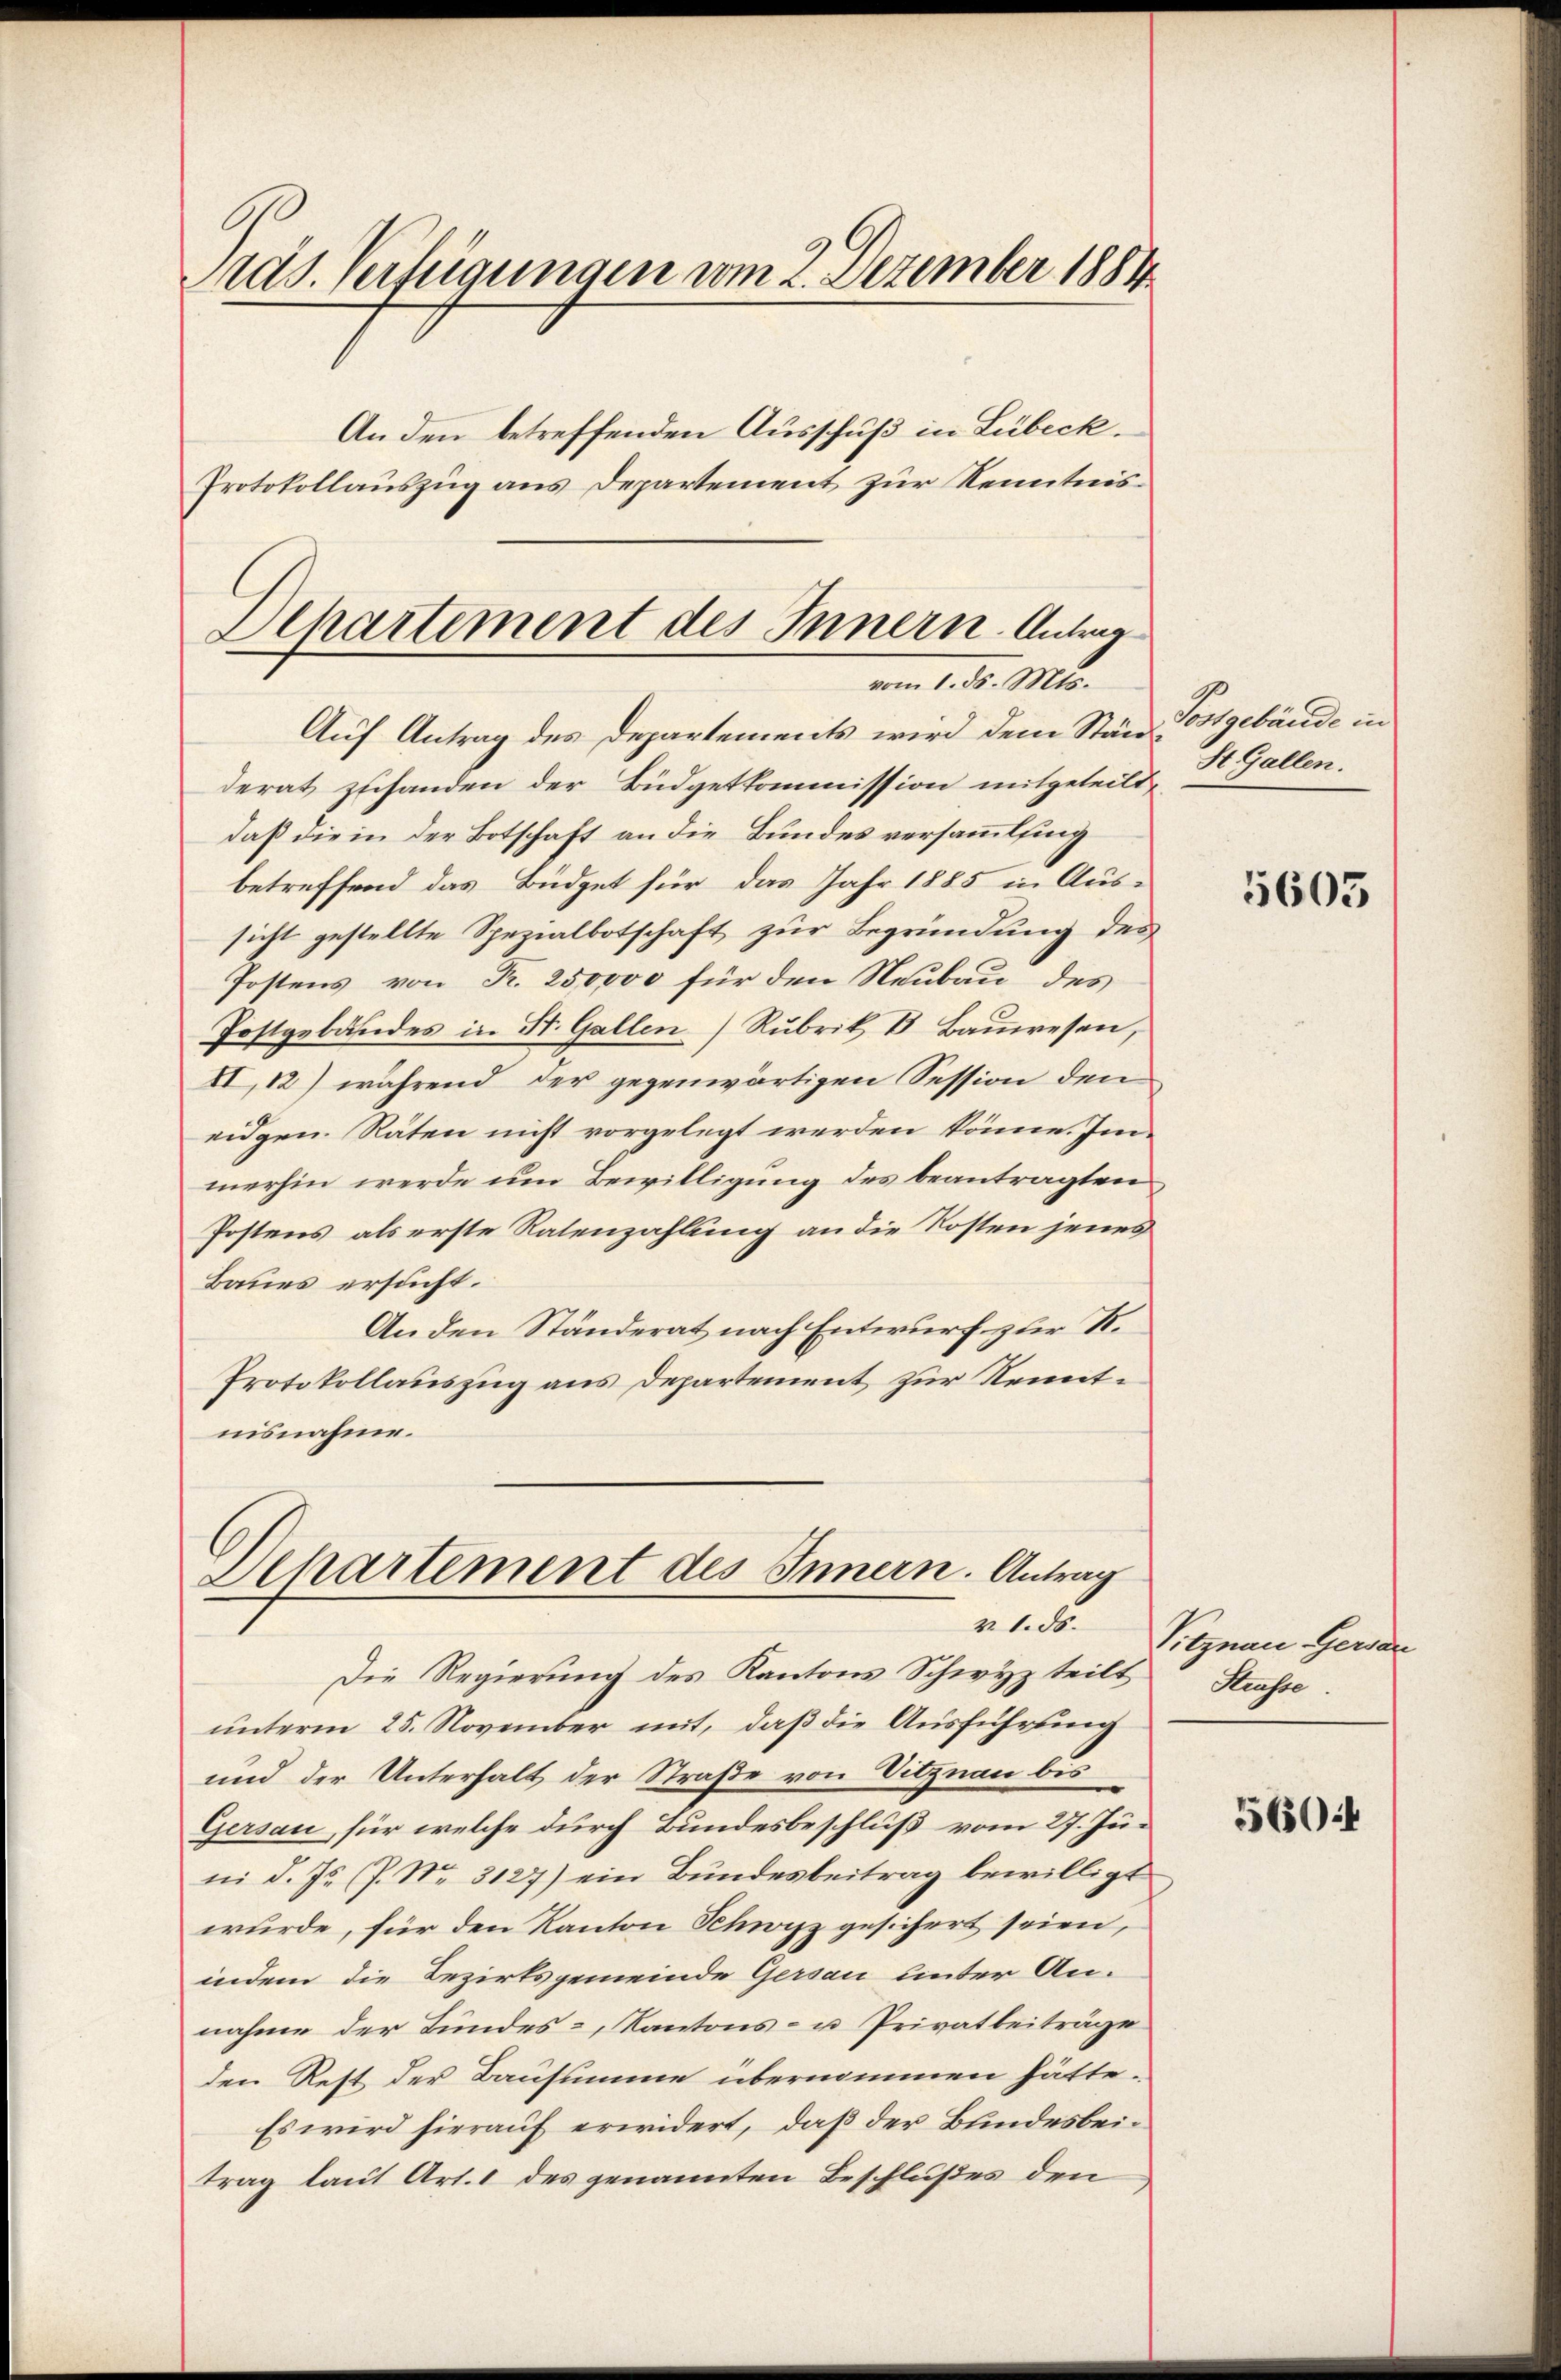
ras. Verfügungen vom 2. Dezember 1884.
An den betreffenden Ausschuß in Lübeck.
Protokollauszug aus Departement zur Kenntnis¬

Dchartement des Innern. Antrag
vom 1. ds. Mts.

Dehartement des Innern. Antrag

Auf Antrag des Departements wird dem Stand Postgebäude in
derat zuhanden der Büdgetkommission mitgeteilt,
daß die in der Botschaft an die Bundes versammling
betreffend das Büdget für das Jahr 1885 in Aus-
sicht gestellte Spezialbotschaft zur Begründung des
Postens von R. 25,0000 für den Neubau des
Postgebäudes in St. Gallen Rubrik B. Bauwesen,
II k) während der gegenwärtigen Session den
eidgen. Räten nicht vorgelegt werden könne. Immerhin werde um Bewilligung des beantragten
Postens, als erste Ratenzahlung an die Kosten jenes
Baues ersucht.
An den Ständerat nach Entwurf zur R.
Protokollauszug aus Departement zur Kenntnisnahme.

Die Regierung des Kantons Schwyz teilt
unterm 25. November mit, daß die Ausführung
und der Unterhalt der Straße von Sitznau bis
Gersau, für welche durch Bundesbeschluß vom 27. Juni d. Js. (P. Nr. 3127) ein Bundesbeitrag bewilligt
wurde, für den Kanton Schwyz gesichert seien,
indem die Bezirksgemeinde Gersau unter An-
nahme der Bundes-, Kantons- u Privatbeiträge
den Rest der Bausumme übernommen hätte.
Es wird hierauf erwidert, daß der Bundesbeitrag laut Art. 1 des genannten Beschlußes den

St. Gallen.

5605

v. 1. ds. Vitznau, Gersan
Strasse.

5604